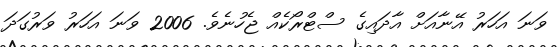
ވަނަ އަހަރު އޭނާއަށް އާދައިގެ ސްޓްރޯކެއް ޖެހުނެވެ. 2006 ވަނަ އަހަރު ވަރުގަދަ